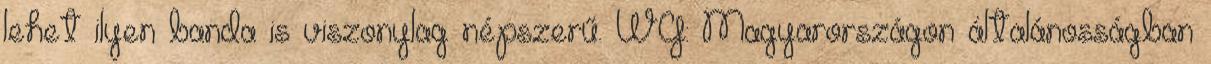
lehet ilyen banda is viszonylag népszerű. WG: Magyarországon általánosságban